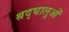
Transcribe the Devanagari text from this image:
श्रद्घालुओं